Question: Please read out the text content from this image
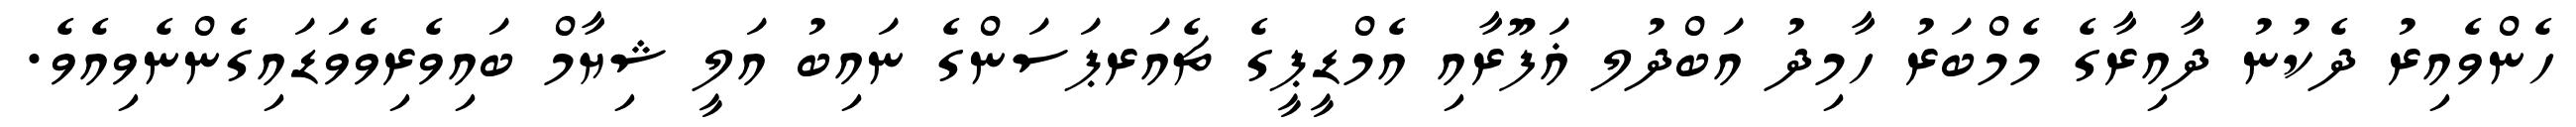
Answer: ހެންވެއިރު ދެކުނު ދާއިރާގެ މެމްބަރު ހާމިދު އަބްދުލ ޣަފޫރާއި އެމްޑީޕީގެ ޗެއަރޕަސަންގެ ނައިބު އަލީ ޝިޔާމް ބައިވެރިވެވަޑައިގެންނެވިއެވެ.